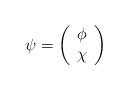
LaTeX: \begin{align*}\psi =\left( \begin{array}{c}\phi \\ \chi\end{array}\right) \end{align*}